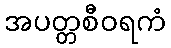
အပတ္တစီဝရကံ